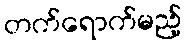
တက်ရောက်မည့်